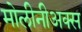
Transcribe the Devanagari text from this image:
मोलीनीअक्स